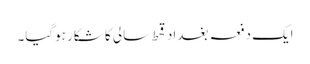
ایک دفعہ بغداد قحط سالی کا شکار ہوگیا۔